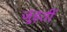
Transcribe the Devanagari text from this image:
जुड़तीं